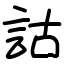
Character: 詁